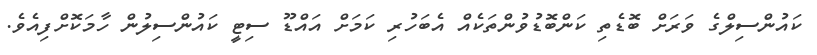
ކައުންސިލްގެ ވަރަށް ބޮޑެތި ކަންބޮޑުވުންތަކެއް އެބަހުރި ކަމަށް އައްޑޫ ސިޓީ ކައުންސިލުން ހާމަކޮށްފިއެވެ.